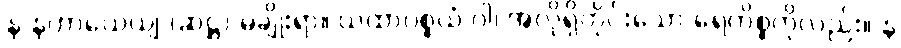
န နဟာယေယျ (ဆဋ္ဌ) မချိုးရာ။ ယထာပစ္စယံ ဝါ၊ အလိုရှိတိုင်းသော ရေကိစ္စကိုလည်း။ န